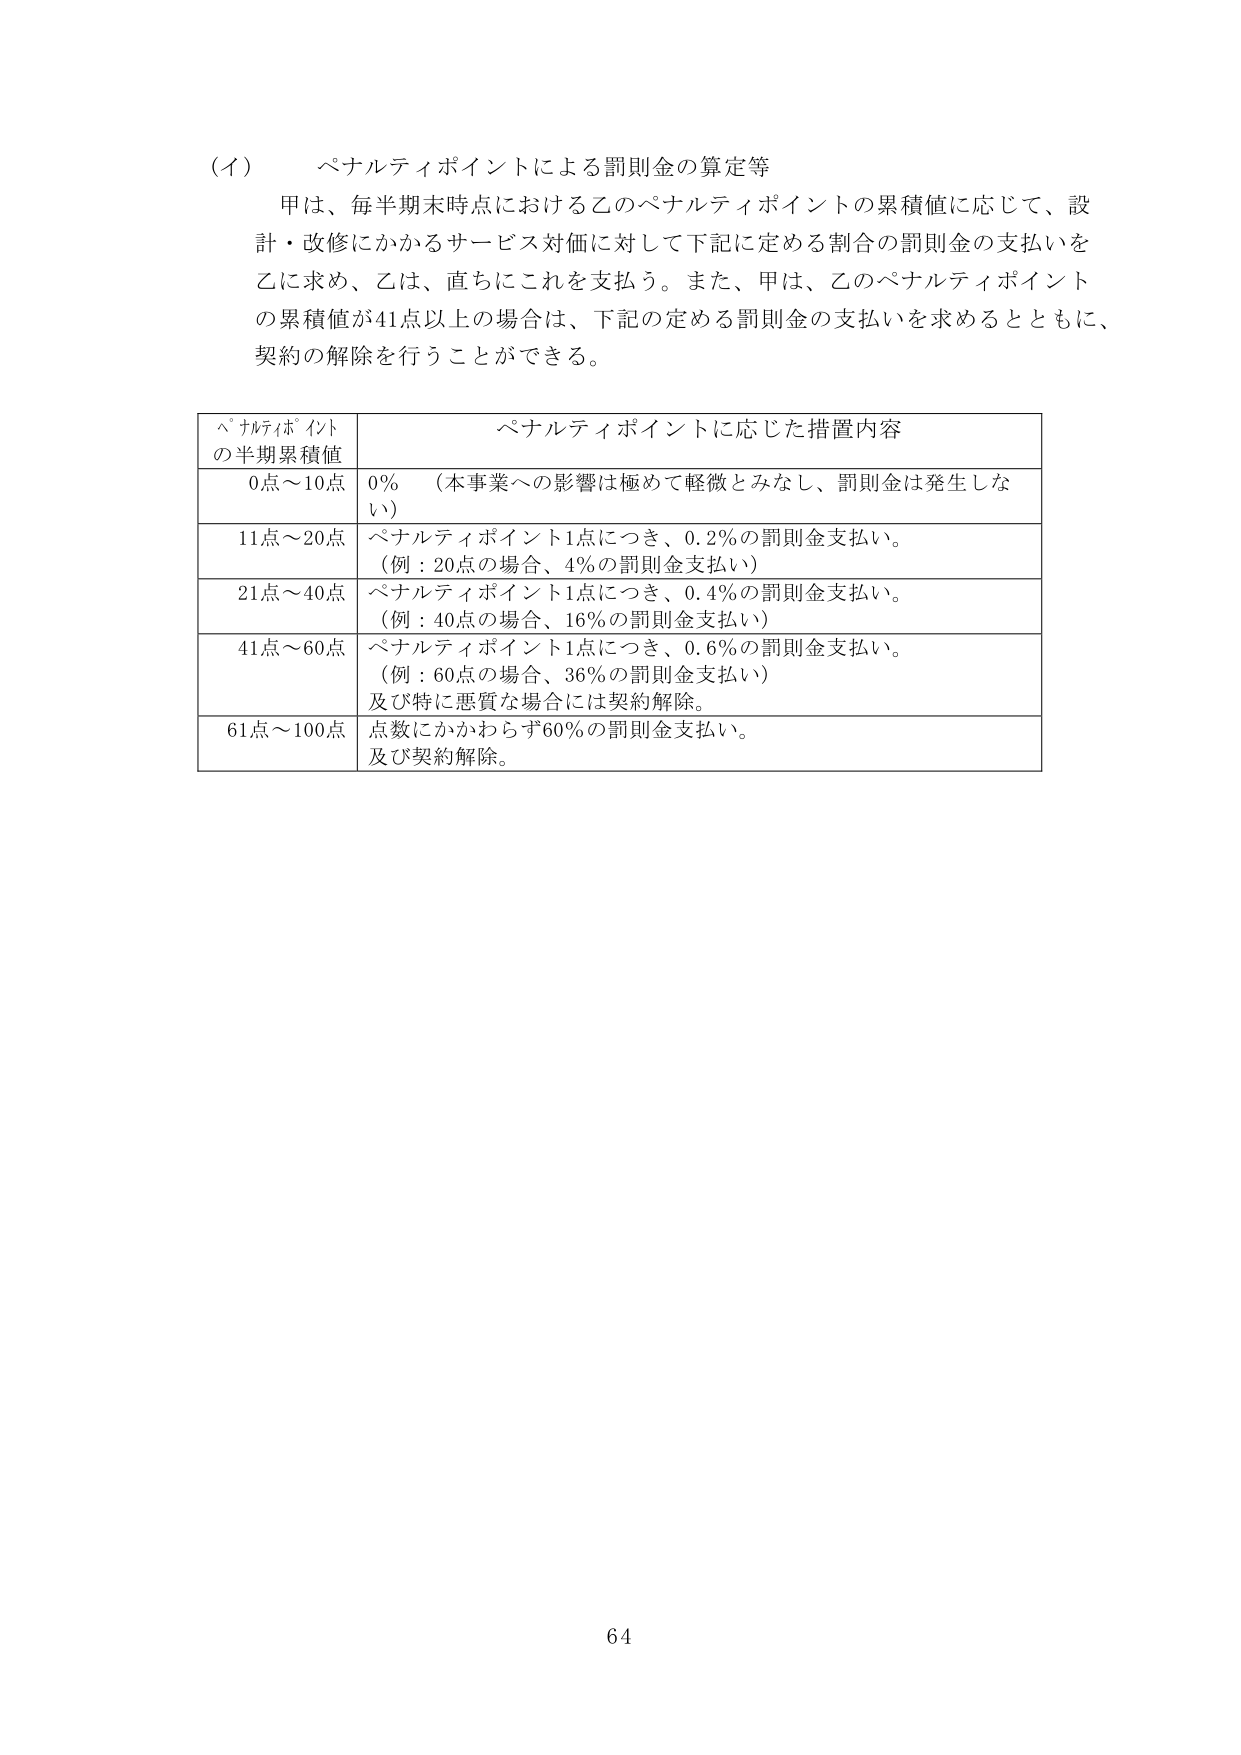
（イ） ペナルティポイントによる罰則金の算定等
甲は、毎半期末時点における乙のペナルティポイントの累積値に応じて、設計・改修にかかるサービス対価に対して下記に定める割合の罰則金の支払いを乙に求め、乙は、直ちにこれを支払う。また、甲は、乙のペナルティポイントの累積値が41点以上の場合には、下記の定める罰則金の支払いを求めるとともに、契約の解除を行うことができる。

ペナルティポイント
の半期累積値  ペナルティポイントに応じた措置内容
0点～10点  0％ （本事業への影響は極めて軽微とみなし、罰則金は発生しない）
11点～20点  ペナルティポイント1点につき、0.2％の罰則金支払い。
（例：20点の場合、4％の罰則金支払い）
21点～40点  ペナルティポイント1点につき、0.4％の罰則金支払い。
（例：40点の場合、16％の罰則金支払い）
41点～60点  ペナルティポイント1点につき、0.6％の罰則金支払い。
（例：60点の場合、36％の罰則金支払い）
及び特に悪質な場合には契約解除。
61点～100点  点数にかかわらず60％の罰則金支払い。
及び契約解除。

64